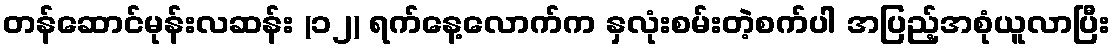
တန်ဆောင်မုန်းလဆန်း (၁၂) ရက်နေ့လောက်က နှလုံးစမ်းတဲ့စက်ပါ အပြည့်အစုံယူလာပြီး